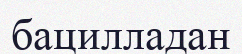
бацилладан